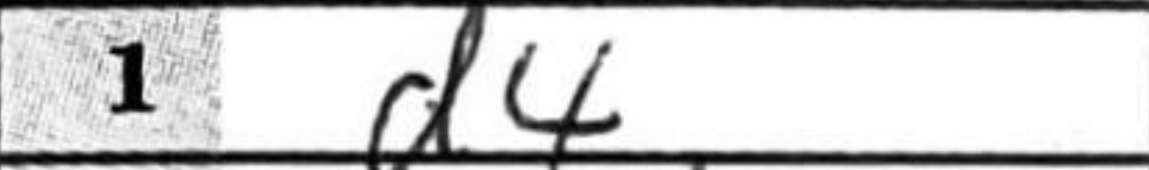
Transcription: d4